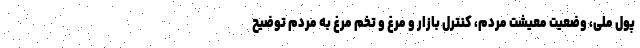
پول ملی، وضعیت معیشت مردم، کنترل بازار و مرغ و تخم مرغ به مردم توضیح